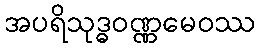
အပရိသုဒ္ဓဝဏ္ဏမေဝဿ